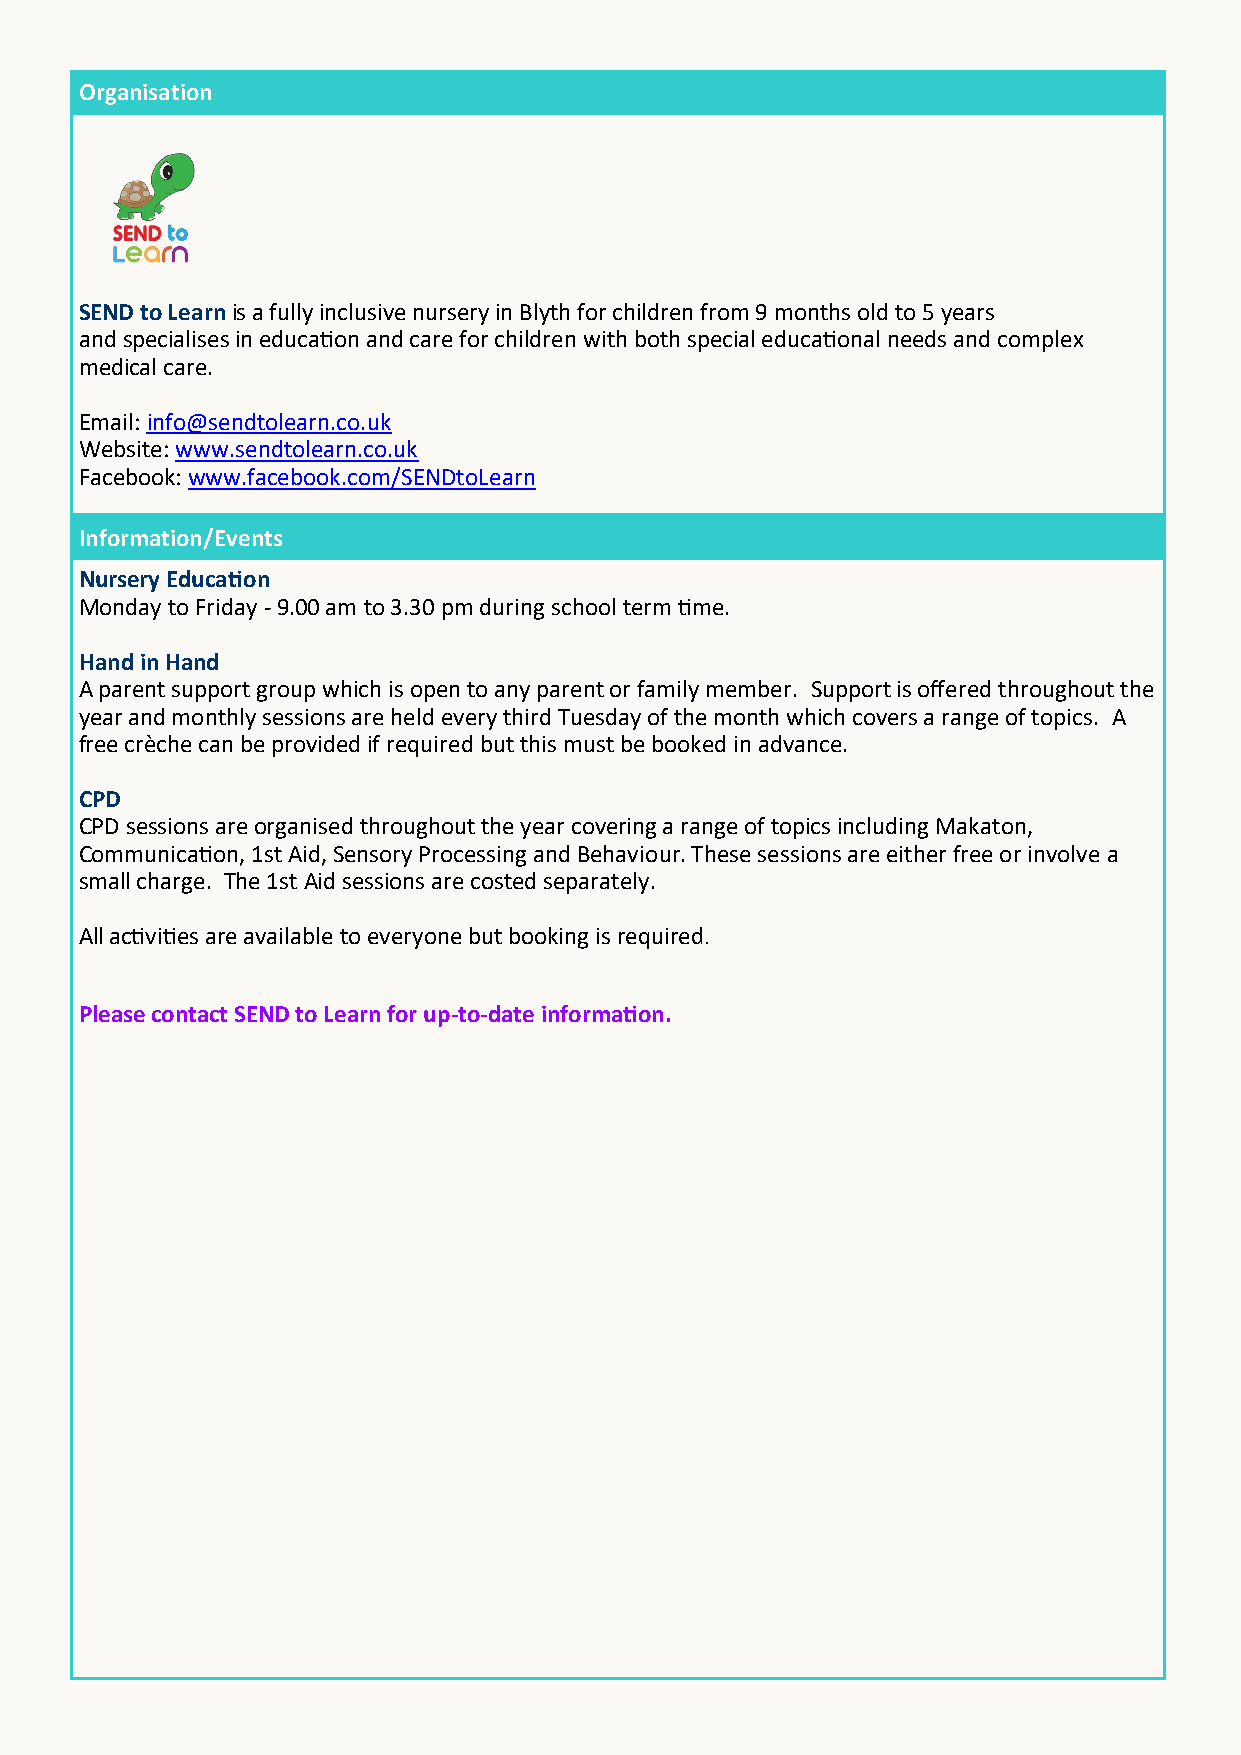
Organisation
 SEND to Learn is a fully inclusive nursery in Blyth for children from 9 months old to 5 years
 and specialises in education and care for children with both special educational needs and complex
 medical care.
 Email: info@sendtolearn.co.uk
 Website: www.sendtolearn.co.uk
 Facebook: www.facebook.com/SENDtoLearn
 Information/Events
 Nursery Education
 Monday to Friday - 9.00 am to 3.30 pm during school term time.
 Hand in Hand
 A parent support group which is open to any parent or family member. Support is offered throughout the
 year and monthly sessions are held every third Tuesday of the month which covers a range of topics. A
 free crèche can be provided if required but this must be booked in advance.
 CPD
 CPD sessions are organised throughout the year covering a range of topics including Makaton,
 Communication, 1st Aid, Sensory Processing and Behaviour. These sessions are either free or involve a
 small charge. The 1st Aid sessions are costed separately.
 All activities are available to everyone but booking is required.
 Please contact SEND to Learn for up-to-date information.